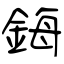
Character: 鋂